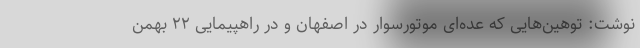
نوشت: توهین‌هایی که عده‌ای موتورسوار در اصفهان و در راهپیمایی ۲۲ بهمن